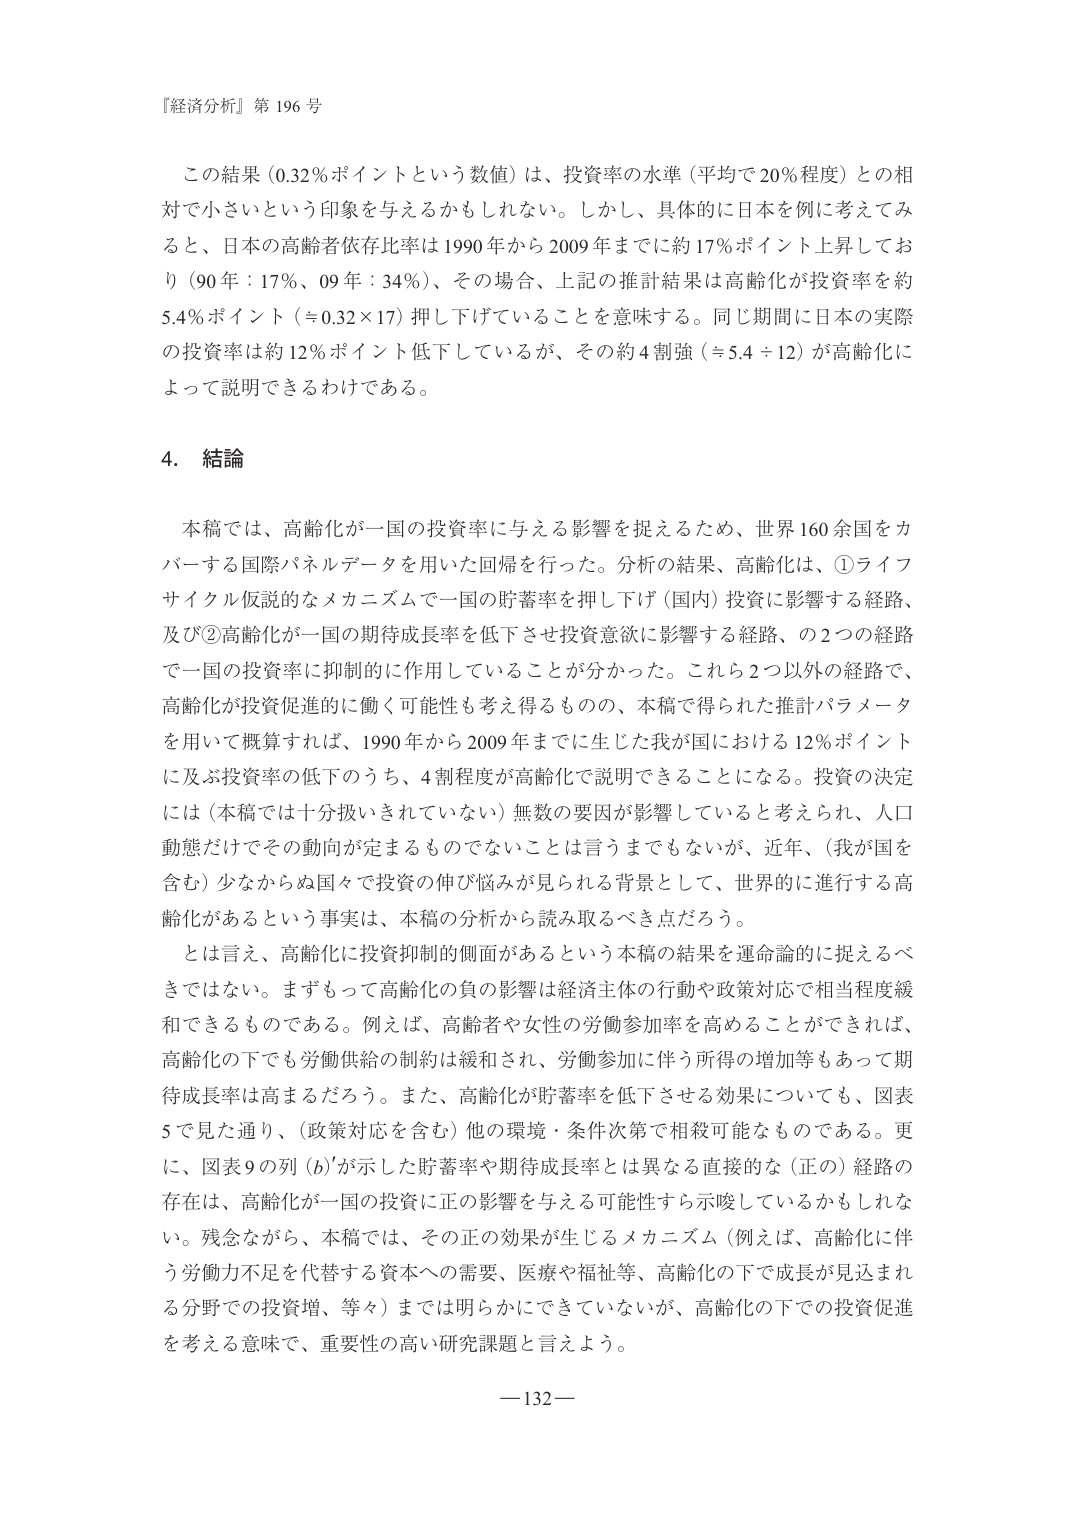
『経済分析』第196号

この結果（0.32％ポイントという数値）は、投資率の水準（平均で20％程度）との相対で小さいという印象を与えるかもしれない。しかし、具体的に日本を例に考えてみると、日本の高齢者依存比率は1990年から2009年までに約17％ポイント上昇しており（90年：17％、09年：34％）、その場合、上記の推計結果は高齢化が投資率を約5.4％ポイント（≒0.32×17）押し下げていることを意味する。同じ期間に日本の実際の投資率は約12％ポイント低下しているが、その約4割強（≒5.4÷12）が高齢化によって説明できるわけである。

4. 結論

本稿では、高齢化が一国の投資率に与える影響を捉えるため、世界160余国をカバーする国際パネルデータを用いた回帰を行った。分析の結果、高齢化は、①ライフサイクル仮説的なメカニズムで一国の貯蓄率を押し下げ（国内）投資に影響する経路、及び②高齢化が一国の期待成長率を低下させ投資意欲に影響する経路、の2つの経路で一国の投資率に抑制的に作用していることが分かった。これら2つ以外の経路で、高齢化が投資促進的に働く可能性も考え得るもの、本稿で得られた推計パラメータを用いて概算すれば、1990年から2009年までに生じた我が国における12％ポイントに及ぶ投資率の低下のうち、4割程度が高齢化で説明できることになる。投資の決定には（本稿では十分扱いされていない）無数の要因が影響していると考えられ、人口動態だけでその動向が定まるものではないことは言うまでもないが、近年、（我が国を含む）少なからぬ国々で投資の伸び悩みが見られる背景として、世界的に進行する高齢化があるという事実は、本稿の分析から読み取るべき点だろう。

とは言え、高齢化に投資抑制的側面があるという本稿の結果を運命論的に捉えるべきではない。まずもって高齢化の負の影響は経済主体の行動や政策対応で相当程度緩和できるものである。例えば、高齢者や女性の労働参加率を高めることができれば、高齢化の下でも労働供給の制約は緩和され、労働参加に伴う所得の増加等もあって期待成長率は高まるだろう。また、高齢化が貯蓄率を低下させる効果についても、図表5で見た通り、（政策対応を含む）他の環境・条件次第で相殺可能なものである。更に、図表9の列（6）が示した貯蓄率や期待成長率とは異なる直接的な（正の）経路の存在は、高齢化が一国の投資に正の影響を与える可能性すら示唆しているかもしれない。残念ながら、本稿では、その正の効果が生じるメカニズム（例えば、高齢化に伴う労働力不足を代替する資本への需要、医療や福祉等、高齢化の下で成長が見込まれる分野での投資増、等々）までは明らかにできていないが、高齢化の下での投資促進を考える意味で、重要性の高い研究課題と言えよう。

—132—